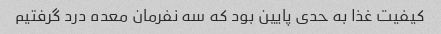
کیفیت غذا به حدی پایین بود که سه نفرمان معده درد گرفتیم